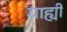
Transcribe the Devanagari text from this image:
ग्राह्यी